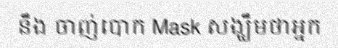
នឹង ចាញ់បោក Mask សង្ឃឹមថាអ្នក